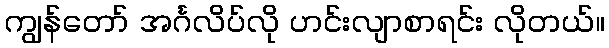
ကျွန်တော် အင်္ဂလိပ်လို ဟင်းလျာစာရင်း လိုတယ်။